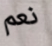
نعم